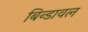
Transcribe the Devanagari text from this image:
बिन्डावल